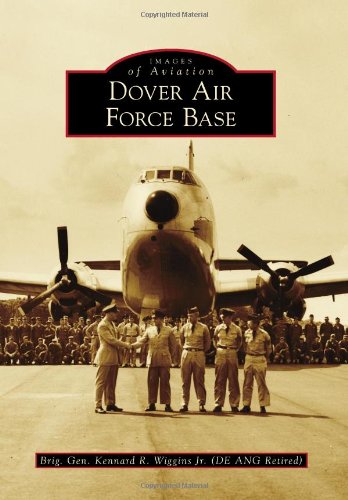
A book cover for Dover Air Force Base (Images of Aviation); Brig. Gen. Kennard R. Wiggins Jr. (DE ANG Retired); Arts & Photography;